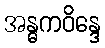
အန္ဓကဝိန္ဒေ